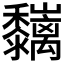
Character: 𪐑